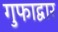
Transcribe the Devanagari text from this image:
गुफाद्वार